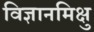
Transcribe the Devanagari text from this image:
विज्ञानमिक्षु